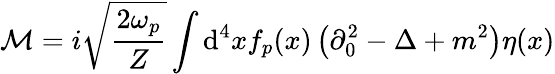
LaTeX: {\mathcal{M}}=i{\sqrt{\frac{2\omega_{p}}{Z}}}\int\mathrm{d}^{4}xf_{p}(x)\left(\partial_{0}^{2}-\Delta+m^{2}\right)\eta(x)